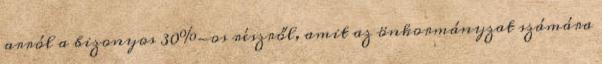
arról a bizonyos 30%-os részről, amit az önkormányzat számára